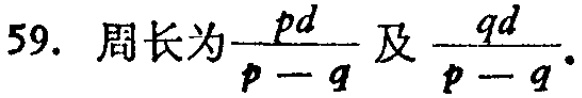
59. 周长为$\frac{pd}{p - q}$及$\frac{qd}{p - q}$.